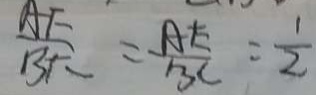
\frac { A E } { B F } = \frac { A E } { B C } = \frac { 1 } { 2 }